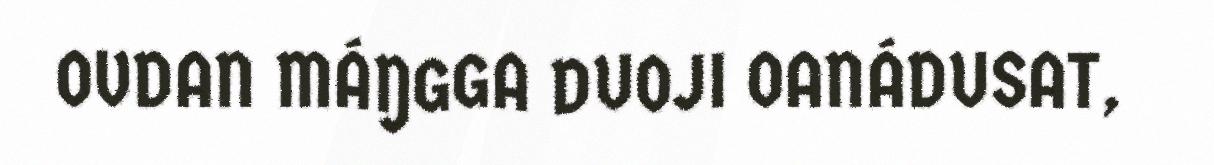
OVDAN MÁŊGGA DUOJI OANÁDUSAT,